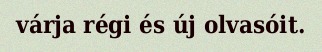
várja régi és új olvasóit.